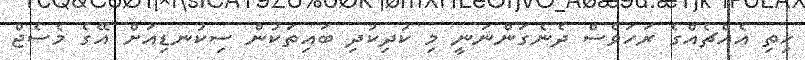
ހިތި އެއްޗެއްގެ ރަހަވެސް ދެނެގަންނަނީ މި ކުދިކުދި ބައިތަކުން ސިކުނޑިއަށް އޭގެ މެސެޖް